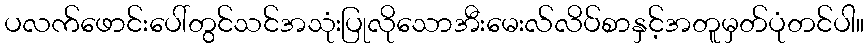
ပလက်ဖောင်းပေါ်တွင်သင်အသုံးပြုလိုသောအီးမေးလ်လိပ်စာနှင့်အတူမှတ်ပုံတင်ပါ။